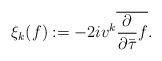
LaTeX: \begin{align*} \xi_k(f):=-2i v^k\overline{\frac{\partial}{\partial \bar{\tau}}f}.\end{align*}